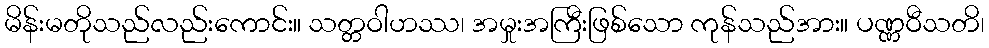
မိန်းမတိုသည်လည်းကောင်း။ သတ္တဝါဟဿ၊ အမှုးအကြီးဖြစ်သော ကုန်သည်အား။ ပဏ္ဏဝီသတိ၊